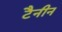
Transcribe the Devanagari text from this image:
टैनीन